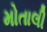
મોતાલી